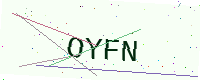
Text: OYFN